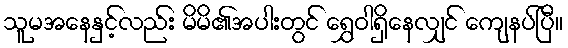
သူမအနေနှင့်လည်း မိမိ၏အပါးတွင် ရွှေဝါရှိနေလျှင် ကျေနပ်ပြီ။